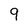
Character: 9